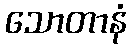
သောတာနံ